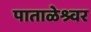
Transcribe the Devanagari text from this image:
पाताळेश्र्वर